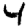
Digit: 4